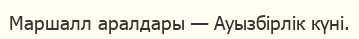
Маршалл аралдары — Ауызбірлік күні.